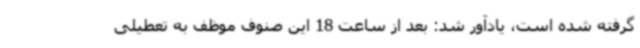
گرفته شده است، یادآور شد: بعد از ساعت 18 این صنوف موظف به تعطیلی